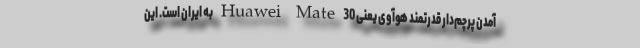
آمدن پرچم‌دار قدرتمند هوآوی یعنی Huawei Mate 30 به ایران است. این